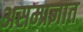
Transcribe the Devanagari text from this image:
असम्प्रज्ञात